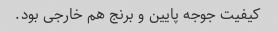
کیفیت جوجه پایین و برنج هم خارجی بود.